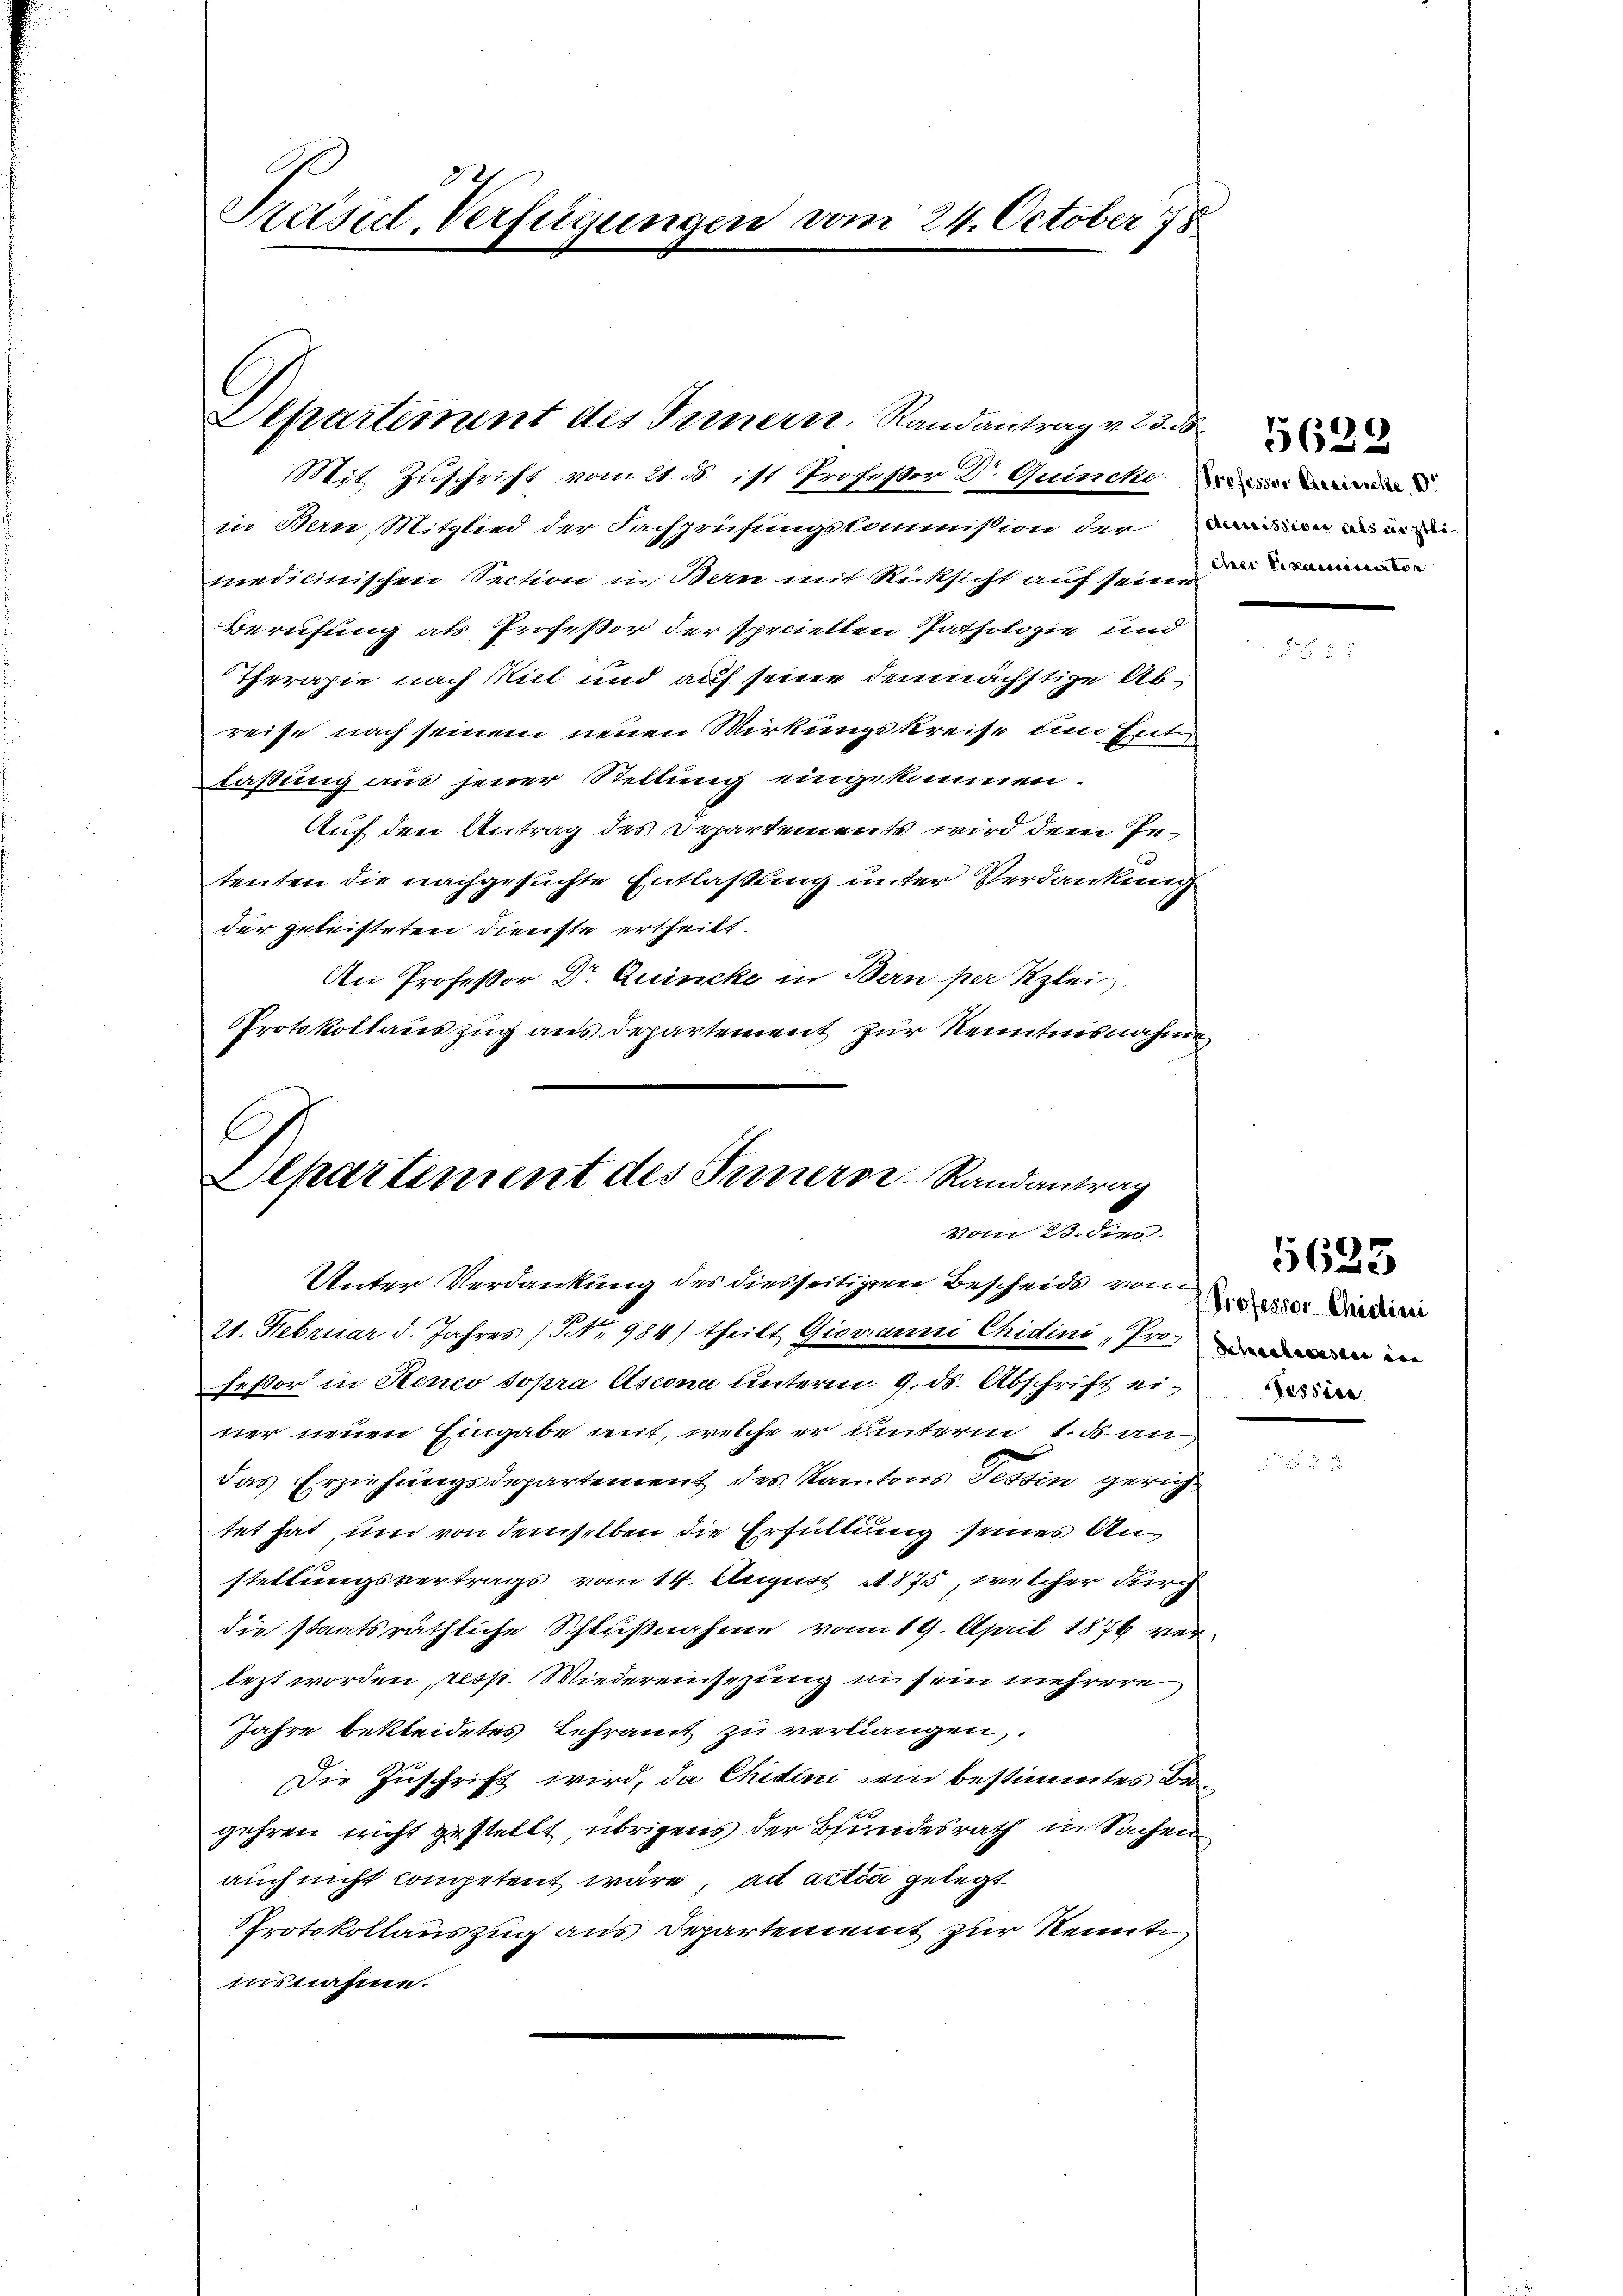
Präsid. Verfügungen vom 24. October 178

Eepartement des Innern. Randantrag v. 25. d

Mit Zuschrift vom 21. ds. ist Professor Dr. Quincken
in Bern, Mitglied der Fachprüfungskommission der in an de
medicinischen Section in Bern mit Rücksicht auf seine da
Berufung als Profeßor der speciellen Pathologie und
Therapie nach Kiel und auf seine demnächstige Abreise nach seinem neuen Wirkungskreise um Ent
faßung aus jener Stellung eingekommen.
Auf den Antrag des Departements wird dem Intenten die nachgesuchte Entlassung unter Verdankung
der geleisteten Dienste ertheilt.
An Professor Dr. Quincke in Bern per Kleis
Protokollauszug aus Departement zur Kenntnisnahme
)

Departement des Innern. Randantrag
Vom 23. ders.
Unter Verdankung des diesseitigen Bescheids vom

21. Februar d. Jahres (NNo. 984) theilt Giovarii Chidini, Pro.
feßor in Honco sopra Ascona unterm 9. ds. Abschrift einer neuen Eingabe mit, welche er unterm 1. d. an
das Erziehungsdepartement des Kantons Tessin gerichtet hat, und von demselben die Erfüllung seines Anstellungsvertrags vom 14. August 1875, welcher Kirch
die staatsräthliche Schlußnahme vom 19. April 1876 ver
lezt worden, resp. Wiedereinsezung in sein mehrere
Jahre bekleidetes Lehramt zu verlangen.
Die Zuschrift wird, da Chidini sein bestimmtes Be
gehren richt gestellt, übrigens der Bundesrath in Sachen
auch nicht competent wäre, ad actis gelegt
Protokollauszug aus Departement zur Kennti
insnahme.

5628

Professor Chistini

5633